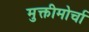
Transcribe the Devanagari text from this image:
मुक्तीमोर्चा